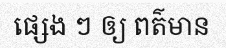
ផ្សេង ៗ ឲ្យ ពត៌មាន